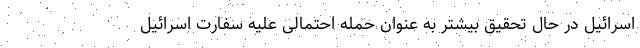
اسرائیل در حال تحقیق بیشتر به عنوان حمله احتمالی علیه سفارت اسرائیل